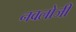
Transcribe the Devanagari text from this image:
नवलोजी